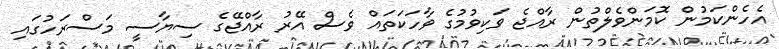
އެހެންކަމުން ކޮމަންވެލްތުން ރާއްޖެ ވަކިވުމުގެ ވާހަކަތައް ވެސް އޭރު ރާއްޖޭގެ ސިޔާސީ މަސްރަހުގައި